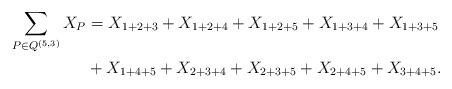
LaTeX: \begin{align*} \sum_{P\in Q^{(5,3)}} X_{P} &= X_{1+2+3} + X_{1+2+4} + X_{1+2+5}+ X_{1+3+4} + X_{1+3+5} \\&+ X_{1+4+5} + X_{2+3+4} + X_{2+3+5} + X_{2+4+5} + X_{3+4+5}.\end{align*}